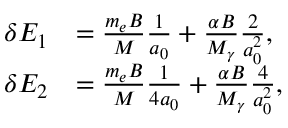
\begin{array} { r l } { \delta E _ { 1 } } & { = \frac { m _ { e } B } { M } \frac { 1 } { a _ { 0 } } + \frac { \alpha B } { M _ { \gamma } } \frac { 2 } { a _ { 0 } ^ { 2 } } , } \\ { \delta E _ { 2 } } & { = \frac { m _ { e } B } { M } \frac { 1 } { 4 a _ { 0 } } + \frac { \alpha B } { M _ { \gamma } } \frac { 4 } { a _ { 0 } ^ { 2 } } , } \end{array}